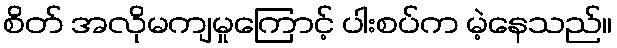
စိတ် အလိုမကျမှုကြောင့် ပါးစပ်က မဲ့နေသည်။